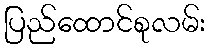
ပြည်ထောင်စုလမ်း